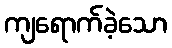
ကျရောက်ခဲ့သော